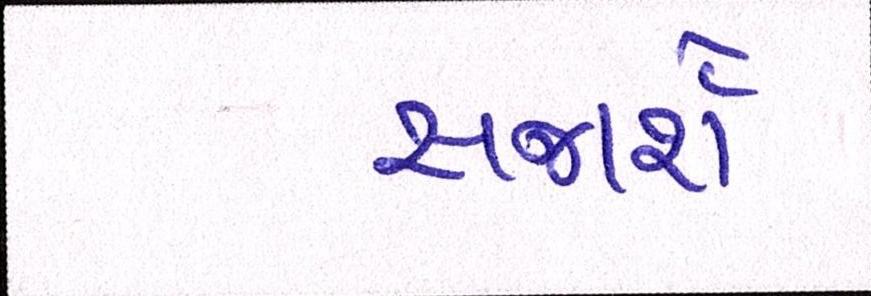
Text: સજાર્શેઃ